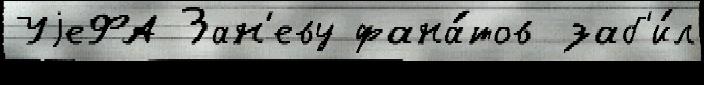
УjеФА Зан'еву фана́тов заб'и́л